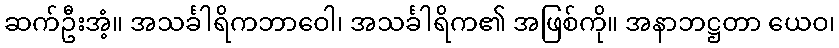
ဆက်ဦးအံ့။ အသင်္ခါရိကဘာဝေါ၊ အသင်္ခါရိက၏ အဖြစ်ကို။ အနာဘဋ္ဌတာ ယေဝ၊